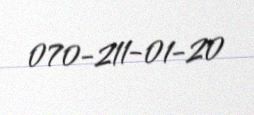
070-211-01-20